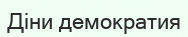
Діни демократия